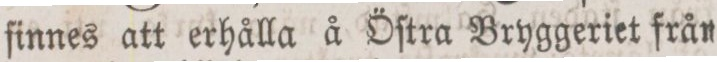
finnes att erhålla å Öſtra Bryggeriet från